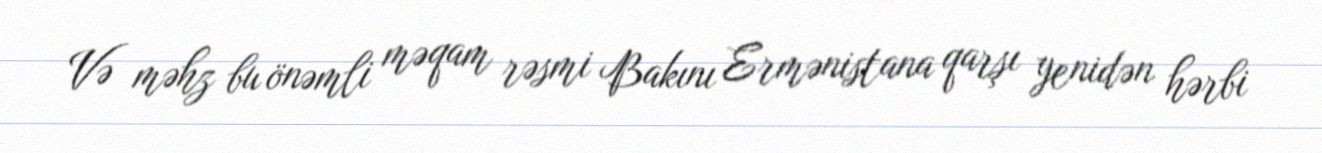
Və məhz bu önəmli məqam rəsmi Bakını Ermənistana qarşı yenidən hərbi